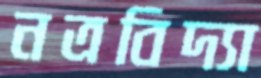
নত্রবিদ্যা